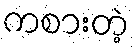
ကစားတဲ့